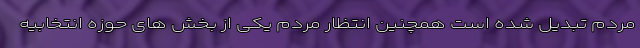
مردم تبدیل شده است همچنین انتظار مردم یکی از بخش های حوزه انتخابیه